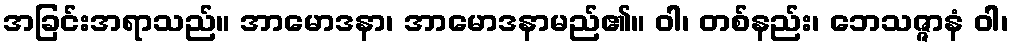
အခြင်းအရာသည်။ အာမောဒနာ၊ အာမောဒနာမည်၏။ ဝါ၊ တစ်နည်း၊ ဘေသဇ္ဇာနံ ဝါ၊